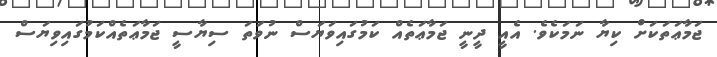
ޖަމާޢަތަކަށް ކިޔާ ނަމަކެވެ. އެއީ ދީނީ ޖަމާޢަތެއް ކަމުގައިވަޔަސް ނުވަތަ ސިޔާސީ ޖަމާޢަތެއްކަމުގައިވިޔަސް